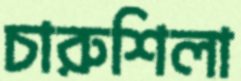
চারুশিলা